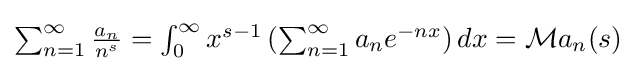
{\textstyle \sum _{n=1}^{\infty }{\frac {a_{n}}{n^{s}}}=\int _{0}^{\infty }x^{s-1}\left(\sum _{n=1}^{\infty }a_{n}e^{-nx}\right)dx={\mathcal {M}}{a_{n}}(s)}